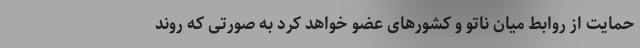
حمایت از روابط میان ناتو و کشورهای عضو خواهد کرد به صورتی که روند